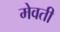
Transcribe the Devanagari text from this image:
मेवती